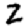
Digit: 2